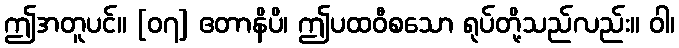
ဤအတူပင်။ [၀၇] ဧတာနိပိ၊ ဤပထဝီစသော ရုပ်တို့သည်လည်း။ ဝါ၊